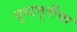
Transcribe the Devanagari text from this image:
बुध्दमूर्तीचा